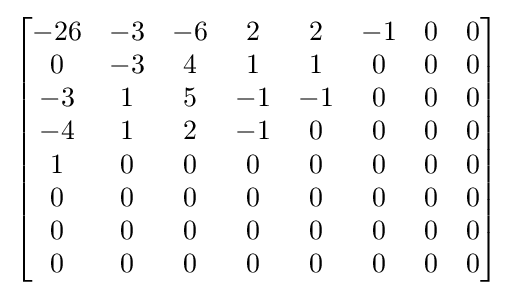
{\begin{bmatrix}-26&-3&-6&2&2&-1&0&0\\0&-3&4&1&1&0&0&0\\-3&1&5&-1&-1&0&0&0\\-4&1&2&-1&0&0&0&0\\1&0&0&0&0&0&0&0\\0&0&0&0&0&0&0&0\\0&0&0&0&0&0&0&0\\0&0&0&0&0&0&0&0\end{bmatrix}}